Report of the Indian Hemp Drugs Commission, 1894-1895 - Volume VI
Year: 1894
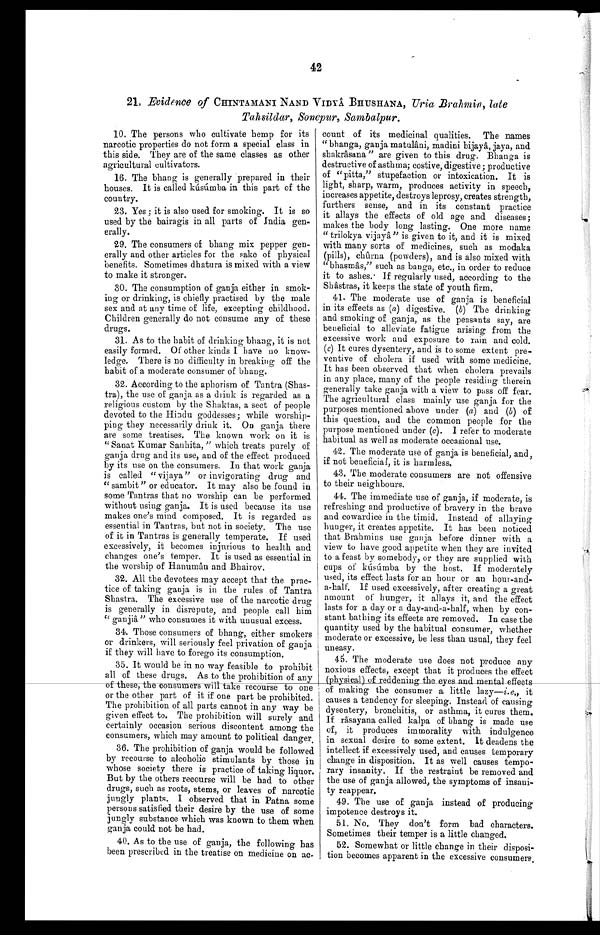
42
21. Evidence of CHINTAMANI NAND VIDYÂ BHUSHANA, Uria Brahmin, late
Tahsildar, Sonepur, Sambalpur.
10. The persons who cultivate hemp for its
narcotic properties do not form a special class in
this side. They are of the same classes as other
agricultural cultivators.
16. The bhang is generally prepared in their
houses. It is called kúsúmba in this part of the
country.
23. Yes; it is also used for smoking. It is so
used by the bairagis in all parts of India gen-
erally.
29. The consumers of bhang mix pepper gen-
erally and other articles for the sake of physical
benefits. Sometimes dhatura is mixed with a view
to make it stronger.
30. The consumption of ganja either in smok--
ing or drinking, is chiefly practised by the male
sex and at any time of life, excepting childhood.
Children generally do not consume any of these
drugs.
31. As to the habit of drinking bhang, it is not
easily formed. Of other kinds I have no know-
ledge. There is no difficulty in breaking off the
habit of a moderate consumer of bhang.
32. According to the aphorism of Tantra (Shas-
- t r a ) , t h e u s e o f g a n j a a s a d r i n k i s r e g a r d e d a s a
religious custom by the Shaktas, a sect of people
devoted to the Hindu goddesses; while worship-
ping they necessarily drink it. On ganja there
are some treatises. The known work on it is
"Sanat Kumar Sanhita, " which treats purely of
ganja drug and its use, and of the effect produced
by its use on the consumers. In that work ganja
is called " vijaya" or invigorating drug and
" sambit " or educator. It may also be found in
some Tantras that no worship can be performed
without using ganja. It is used because its use
makes one's mind composed. It is regarded as
essential in Tantras, but not in society. The use
of it in Tantras is generally temperate. If used
excessively, it becomes injurious to health and
changes one's temper. It is used as essential in
the worship of Hanumân and Bhairov.
32. All the devotees may accept that the prac-
tice of taking ganja is in the rules of Tantra
Shastra. The excessive use of the narcotic drug
is generally in disrepute, and people call him
" ganjâ" who consumes it with unusual excess.
34. Those consumers of bhang, either smokers
or drinkers, will seriously feel privation of ganja
if they will have to forego its consumption.
35. It would be in no way feasible to prohibit
all of these drugs. As to the prohibition of any
of these, the sunmers will take recourse to one
or the other part of it if one part be prohibited.
The prohibition of all parts cannot in any way be
given effect to. The prohibition will surely and
certainly occasion serious discontent among the
consumers, which may amount to political danger,
36. The prohibition of ganja would be followed
by recourse to alcoholic stimulants by those in
whose society there is practice of taking liquor.
But by the others recourse will be had to other
drugs, such as roots , stems, or leaves of narcotic
jungly plants. I observed that in Patna some
persons satisfied their desire by the use of some
j u n g l y s u b s t a n c e w h i c h
w a s
k n o w n t o t h e m w h e n
ganja could not be had.
40. As to the use of ganja, the following has
been prescribed in the treatise on medicine on no-
count of its medicinal qualities. The names
" bhanga, ganja matulâni, madini bijayâ, jaya, and
shakrâsana " are given to this drug. Bhanga is
destructive of asthma; costive, digestive; productive
of "pitta," stupefaction or intoxication. It is
light, sharp, warm, produces activity in speech,
increases appetite, destroys leprosy, creates strength,
furthers sense, and in its constant practice
it allays the effects of old age and diseases;
makes the body long lasting. One more name
" trilokya vijayâ" is given to it, and it is mixed
with many sorts of medicines, such as modaka
(pills), chûrna (powders), and is also mixed with
"bhasmâs," such as banga, etc., in order to reduce
it to ashes. If regularly used, according to the
Shâstras, it keeps the state of youth firm.
41. The moderate use of ganja is beneficial
in its effects as (a) digestive. (b) The drinking
and smoking of ganja, as the peasants say, are
beneficial to alleviate fatigue arising from the
excessive work and exposure to rain and cold.
(c) It cures dysentery, and is to some extent pre-
ventive of cholera if used with some medicine.
It has been observed that when cholera prevails
in any place, many of the people residing therein
generally take ganja with a view to puss off fear.
The agricultural class mainly use ganja for the
purposes mentioned above under (a) and (b) of
this question, and the common people for the
purpose mentioned under (c). I refer to moderate
habitual as well as moderate occasional use.
42. The moderate use of ganja is beneficial, and,
if not beneficial, it is harmless.
43. The moderate consumers are not offensive
to their neighbours.
44. The immediate use of ganja, if moderate, is
refreshing and productive of bravery in the brave
and cowardice in the timid. Instead of allaying
hunger, it creates appetite. It has been noticed
that Brahmins use ganja before dinner with a
view to have good appetite when they are invited
to a feast by somebody, or they are supplied with
cups of kúsúmba by the host. If moderately
used, its effect lasts for an hour or an hour-and-
a-half. If used excessively, after creating a great
amount of hunger, it allays it, and the effect
lasts for a day or a day-and-a-half, when by con-
stant bathing its effects are removed. In case the
quantity used by the habitual consumer, whether
moderate or excessive, be less than usual, they feel
uneasy.
45. The moderate use does not produce any
noxious effects, except that it produces the effect
(physical) of reddening the eyes and mental effects
of making the consumer a little lazy—i.e., it
causes a tendency for sleeping . Instead of causing
dysentery , bronchitis, or asthma, it cures them.
If râsayana called kalpa of bhang is made use
of, it produces immorality with indulgence
in sexual desire to some extent. it deadens the
intellect if excessively used, and causes temporary
, change in disposition. It as well causes tempo-
, rary insanity. If the restraint be removed and
the use of ganja allowed, the symptoms of insani-
ty reappear.
49.The use of ganja instead of producing
impotence destroys it.
51. No. They don't form bad characters.
Sometimes their temper is a little changed.
52. Somewhat or little change in their disposi-
tion becomes apparent in the excessive consumers,